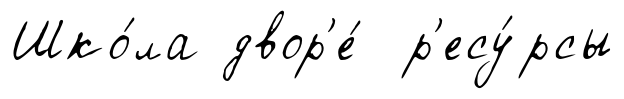
Шко́ла двор'е́ р'есу́рсы